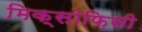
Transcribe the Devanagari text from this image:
मिक्सोफ़िसी